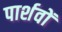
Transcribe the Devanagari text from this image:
पार्शवों